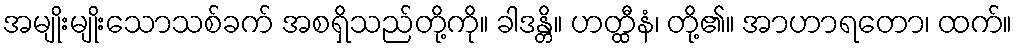
အမျိုးမျိုးသောသစ်ခက် အစရှိသည်တို့ကို။ ခါဒန္တိ။ ဟတ္ထီနံ၊ တို့၏။ အာဟာရတော၊ ထက်။